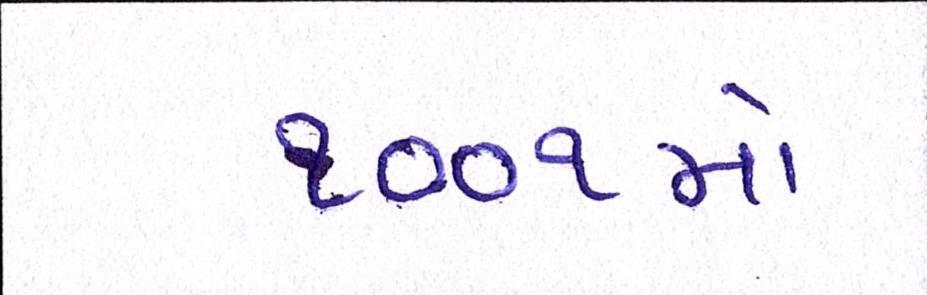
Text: ૧૦૦૧મો